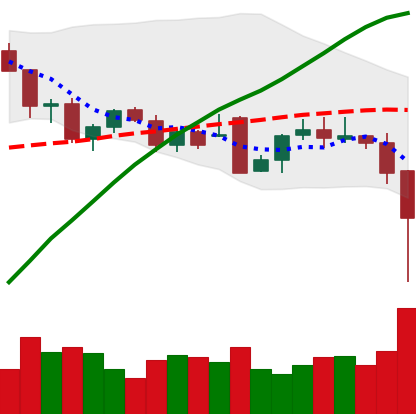
Ticker: BTC-USD
Chart end date: 2021-12-04
Forward return: -3.107%
Label: down_3_5